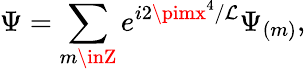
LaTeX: \Psi=\sum_{m\inZ}e^{i2\pimx^{4}/\mathcal{L}}\Psi_{(m)},